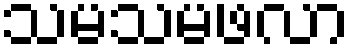
သမသမဖလာ